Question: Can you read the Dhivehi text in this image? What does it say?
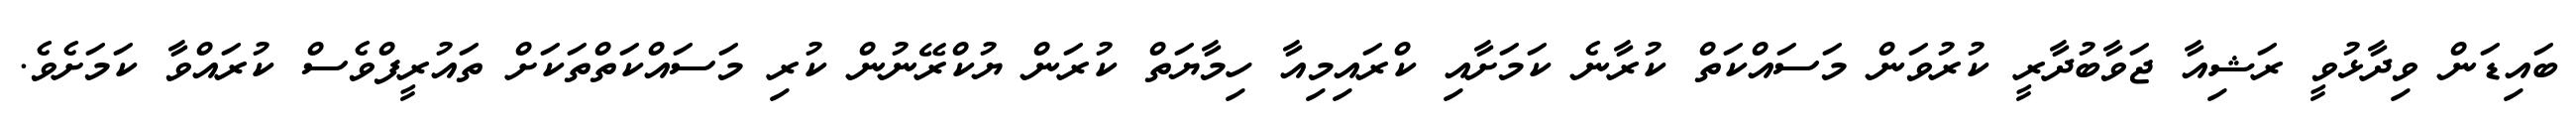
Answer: ބައިޑަން ވިދާޅުވީ ރަޝިއާ ޖަވާބުދާރީ ކުރުވަން މަސައްކަތް ކުރާނެ ކަމަށާއި ކްރައިމިއާ ހިމާޔަތް ކުރަން ޔުކްރޭނުން ކުރި މަސައްކަތްތަކަށް ތައުރީފްވެސް ކުރައްވާ ކަމަށެވެ.